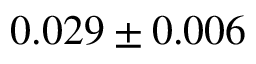
0 . 0 2 9 \pm 0 . 0 0 6